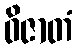
ဝိဇာတံ